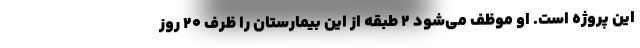
این پروژه است. او موظف می‌شود ۲ طبقه از این بیمارستان را ظرف ۲۰ روز